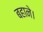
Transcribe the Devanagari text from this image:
बहाने।